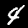
Label: 4